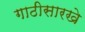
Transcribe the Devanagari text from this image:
गाठीसारखे